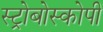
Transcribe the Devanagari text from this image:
स्ट्रोबोस्कोपी